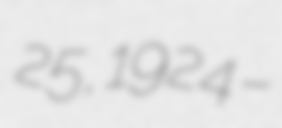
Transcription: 25, 1924 –